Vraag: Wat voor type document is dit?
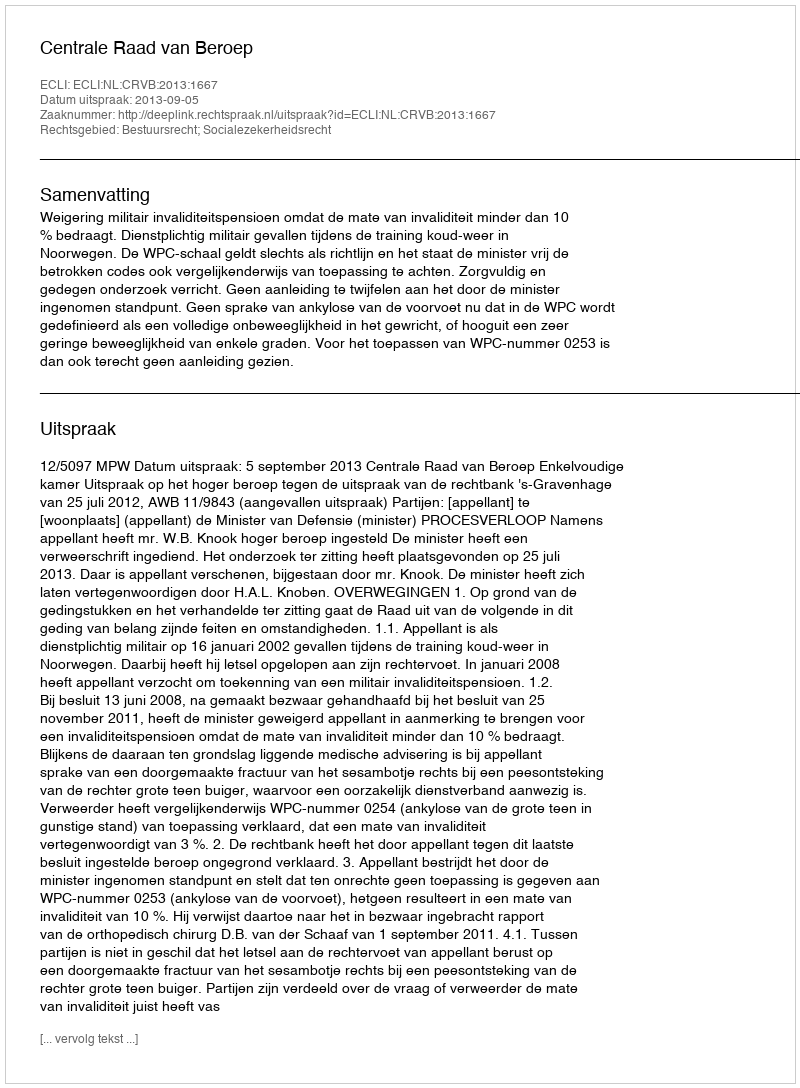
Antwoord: Uitspraak